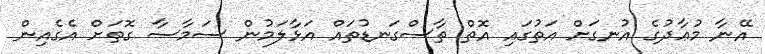
އޭނާ މުޢާދުގެ އުނގަށް އަތުގައި އޮތް ތާސްގަނޑުތައް އަޅާލަމުން ސަމާސާ ގޮތަށް އެގެއިން